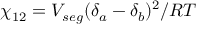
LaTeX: \chi _ { 1 2 } = V _ { s e g } ( \delta _ { a } - \delta _ { b } ) ^ { 2 } / R T